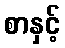
စာနှင့်